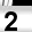
Digit: 2